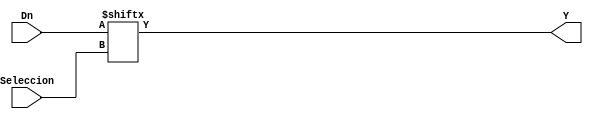
`timescale 1ns / 1ps
//////////////////////////////////////////////////////////////////////////////////
// Company: 
// Engineer: 
// 
// Design Name: 
// Module Name:    MUX16 
// Project Name: 
// Target Devices: 
// Tool versions: 
// Description: 
//
// Dependencies: 
//
// Revision: 
// Revision 0.01 - File Created
// Additional Comments: 
//
//////////////////////////////////////////////////////////////////////////////////
module MUX16(Seleccion,Dn,Y);

input [3:0] Seleccion;
input [15:0] Dn;
output Y;

wire [3:0] Seleccion;
wire [15:0] Dn;
wire Y;

assign Y = Dn[Seleccion];


endmodule